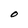
Character: O